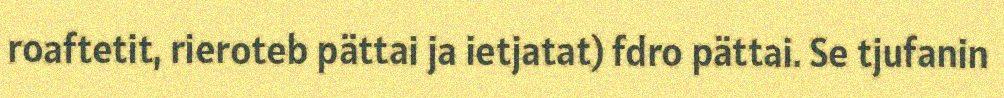
roaftetit, rieroteb pättai ja ietjatat) fdro pättai. Se tjufanin